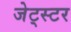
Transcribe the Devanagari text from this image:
जेट्स्टर